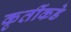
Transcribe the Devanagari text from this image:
कृतींकडे